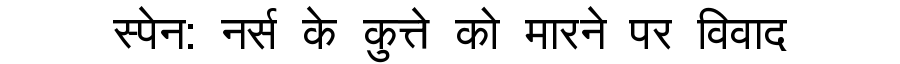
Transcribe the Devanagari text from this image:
स्पेन: नर्स के कुत्ते को मारने पर विवाद